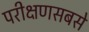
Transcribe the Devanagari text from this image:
परीक्षणसबसे